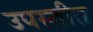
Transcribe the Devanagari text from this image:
उपस्तीत